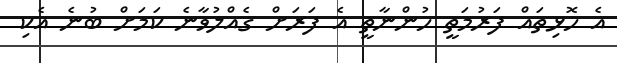
އެ ހޮޅިތައް ފަރުމަތީ ހުންނާތީ އެ ފަރަށް ގެއްލުވާނެ ކަމަށް ބުނެ އެކި